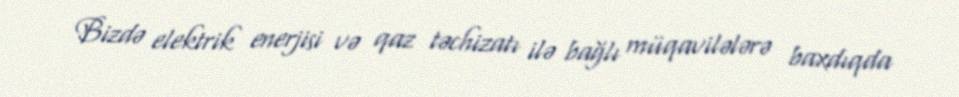
Bizdə elektrik enerjisi və qaz təchizatı ilə bağlı müqavilələrə baxdıqda